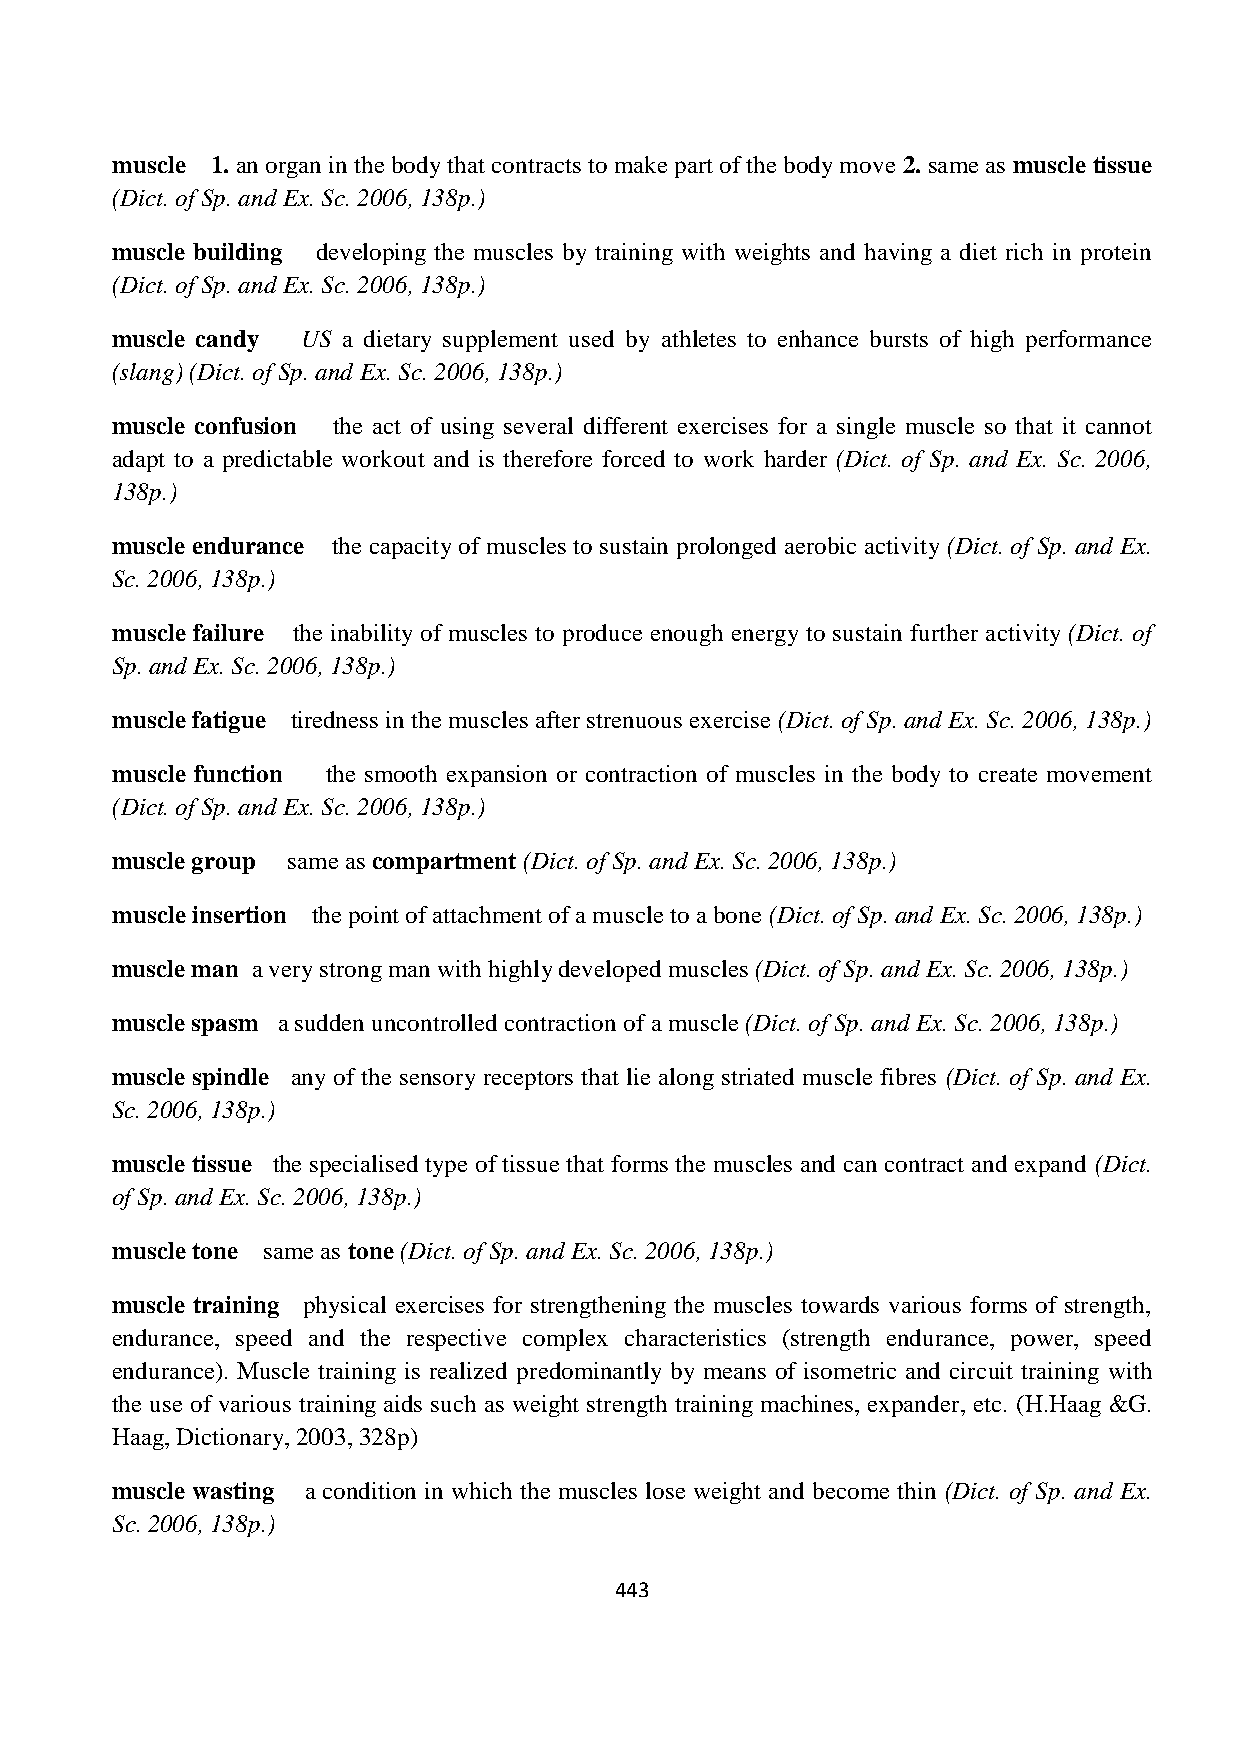
muscle 1. an organ in the body that contracts to make part of the body move 2. same as muscle tissue
 (Dict. of Sp. and Ex. Sc. 2006, 138p.)
 muscle building developing the muscles by training with weights and having a diet rich in protein
 (Dict. of Sp. and Ex. Sc. 2006, 138p.)
 muscle candy US a dietary supplement used by athletes to enhance bursts of high performance
 (slang) (Dict. of Sp. and Ex. Sc. 2006, 138p.)
 muscle confusion the act of using several different exercises for a single muscle so that it cannot
 adapt to a predictable workout and is therefore forced to work harder (Dict. of Sp. and Ex. Sc. 2006,
 138p.)
 muscle endurance the capacity of muscles to sustain prolonged aerobic activity (Dict. of Sp. and Ex.
 Sc. 2006, 138p.)
 muscle failure the inability of muscles to produce enough energy to sustain further activity (Dict. of
 Sp. and Ex. Sc. 2006, 138p.)
 muscle fatigue tiredness in the muscles after strenuous exercise (Dict. of Sp. and Ex. Sc. 2006, 138p.)
 muscle function the smooth expansion or contraction of muscles in the body to create movement
 (Dict. of Sp. and Ex. Sc. 2006, 138p.)
 muscle group same as compartment (Dict. of Sp. and Ex. Sc. 2006, 138p.)
 muscle insertion the point of attachment of a muscle to a bone (Dict. of Sp. and Ex. Sc. 2006, 138p.)
 muscle man a very strong man with highly developed muscles (Dict. of Sp. and Ex. Sc. 2006, 138p.)
 muscle spasm a sudden uncontrolled contraction of a muscle (Dict. of Sp. and Ex. Sc. 2006, 138p.)
 muscle spindle any of the sensory receptors that lie along striated muscle fibres (Dict. of Sp. and Ex.
 Sc. 2006, 138p.)
 muscle tissue the specialised type of tissue that forms the muscles and can contract and expand (Dict.
 of Sp. and Ex. Sc. 2006, 138p.)
 muscle tone same as tone (Dict. of Sp. and Ex. Sc. 2006, 138p.)
 muscle training physical exercises for strengthening the muscles towards various forms of strength,
 endurance, speed and the respective complex characteristics (strength endurance, power, speed
 endurance). Muscle training is realized predominantly by means of isometric and circuit training with
 the use of various training aids such as weight strength training machines, expander, etc. (H.Haag &G.
 Haag, Dictionary, 2003, 328p)
 muscle wasting a condition in which the muscles lose weight and become thin (Dict. of Sp. and Ex.
 Sc. 2006, 138p.)
 443